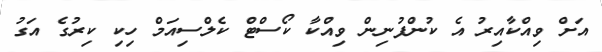
އަށް ވިއްކާއިރު އެ ކުންފުނިން ވިއްކާ ކޯސްޓް ކެލްސިއަމް ހިކި ކިރުގެ އަގު